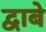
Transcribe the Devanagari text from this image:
द्वाबे